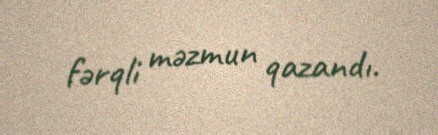
fərqli məzmun qazandı.